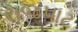
રાજપાટ